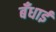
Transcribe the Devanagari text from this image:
बँधाई